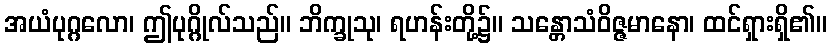
အယံပုဂ္ဂလော၊ ဤပုဂ္ဂိုလ်သည်။ ဘိက္ခုသု၊ ရဟန်းတို့၌။ သန္တောသံဝိဇ္ဇမာနော၊ ထင်ရှားရှိ၏။